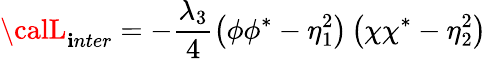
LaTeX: {\calL}_{\mathbf{i}nter}=-\frac{{\lambda_{3}}}{{4}}\left(\phi\phi^{*}-\eta_{1}^{2}\right)\left(\chi\chi^{*}-\eta_{2}^{2}\right)